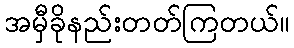
အမှီခိုနည်းတတ်ကြတယ်။